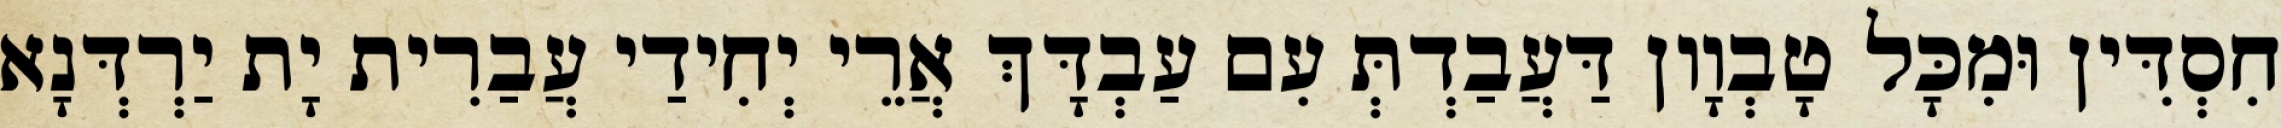
חִסְדִּין וּמִכָּל טָבְוָון דַּעֲבַדְתְּ עִם עַבְדָּךְ אֲרֵי יְחִידַי עֲבַרִית יָת יַרְדְּנָא